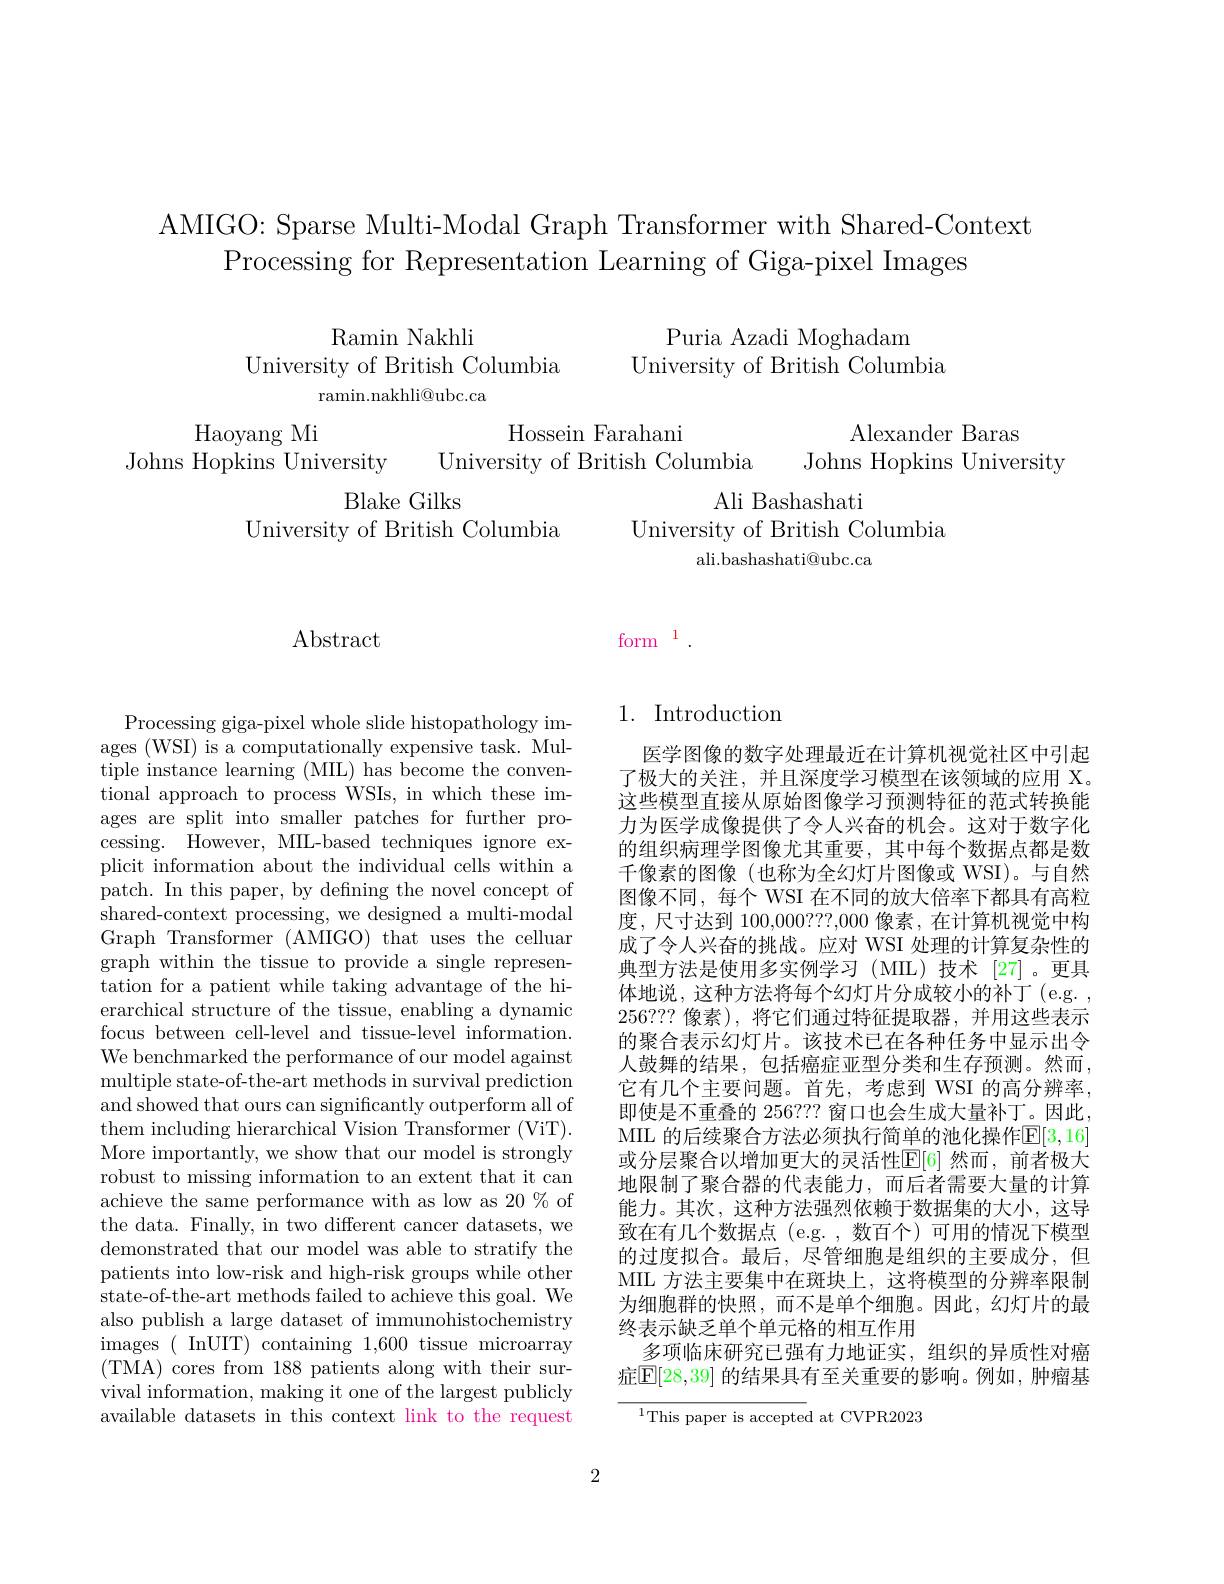
AMIGO: Sparse Multi-Modal Graph Transformer with Shared-Context
Processing for Representation Learning of Giga-pixel Images

Puria Azadi Moghadam
University of British Columbia

Ramin Nakhli
University of British Columbia
ramin.nakhli@ubc.ca

Alexander Baras
Johns Hopkins University

Haoyang Mi
Johns Hopkins University

Hossein Farahani
University of British Columbia
Blake Gilks
Ali Bashashati
University of British Columbia
University of British Columbia
ali.bashashati@ubc.ca

## Abstract

form $^{1}.$

Processing giga-pixel whole slide histopathology images (WSI) is a computationally expensive task. Multiple instance learning (MIL) has become the conven- $\bar{\text{tional approach to process WSIs, in which these im-}}$ ages are split into smaller patches for further processing. However, MIL-based techniques ignore explicit information about the individual cells within a patch. In this paper, by defining the novel concept of shared-context processing, we designed a multi-modal Graph Transformer (AMIGO) that uses the celluar graph within the tissue to provide a single representation for a patient while taking advantage of the hierarchical structure of the tissue, enabling a dynamic focus between cell-level and tissue-level information. We benchmarked the performance of our model against multiple state-of-the-art methods in survival prediction and showed that ours can significantly outperform all of them including hierarchical Vision Transformer (ViT). More importantly, we show that our model is strongly robust to missing information to an extent that it can achieve the same performance with as low as 20 % of the data. Finally, in two different cancer datasets, we demonstrated that our model was able to stratify the patients into low-risk and high-risk groups while other ${\dot{\text{state-of-the-art methods failed to achieve this goal. We}}}$ also publish a large dataset of immunohistochemistry images ( InUIT) containing 1,600 tissue microarray ( TMA) cores from 188 patients along with their sur- vival information, making it one of the largest publicly available datasets in this context link to the request

## 1. Introduction

医学图像的数字处理最近在计算机视觉社区中引起了极大的关注，并且深度学习模型在该领域的应用 X。这些模型直接从原始图像学习预测特征的范式转换能力为医学成像提供了令人兴奋的机会。这对于数字化的组织病理学图像尤其重要，其中每个数据点都是数千像素的图像 (也称为全幻灯片图像或 WSI)。与自然图像不同，每个 WSI 在不同的放大倍率下都具有高粒度，尺寸达到 100,000???,000 像素，在计算机视觉中构成了令人兴奋的挑战。应对 WSI 处理的计算复杂性的典型方法是使用多实例学习(MIL)技术[27]。更具体地说，这种方法将每个幻灯片分成较小的补丁(e.g. , 256???像素),将它们通过特征提取器，并用这些表示的聚合表示幻灯片。该技术已在各种任务中显示出令人鼓舞的结果，包括癌症亚型分类和生存预测。然而， 它有几个主要问题。首先，考虑到 WSI 的高分辨率， 即使是不重叠的 256??? 窗口也会生成大量补丁。因此， MIL 的后续聚合方法必须执行简单的池化操作$\mathbb{E}[3,16]$ 或分层聚合以增加更大的灵活性$\mathbb{E}[6]$ 然而，前者极大地限制了聚合器的代表能力，而后者需要大量的计算能力。其次，这种方法强烈依赖于数据集的大小，这导致在有几个数据点(e.g.,数百个)可用的情况下模型的过度拟合。最后，尽管细胞是组织的主要成分，但MIL 方法主要集中在斑块上，这将模型的分辨率限制为细胞群的快照，而不是单个细胞。因此，幻灯片的最终表示缺乏单个单元格的相互作用
多项临床研究已强有力地证实，组织的异质性对癌症$\boxed{\mathrm{E}}[28,39]$ 的结果具有至关重要的影响。例如，肿瘤基

$^{1}$This paper is accepted at CVPR2023

2